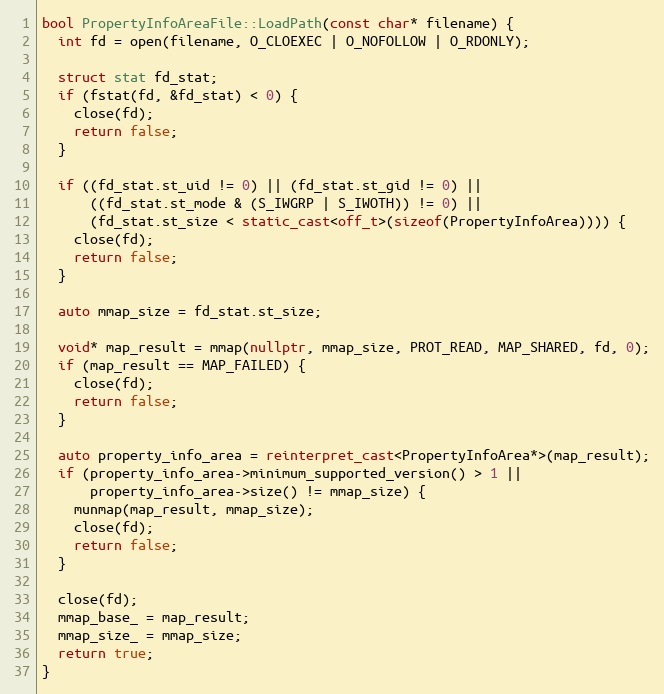
Language: C++
bool PropertyInfoAreaFile::LoadPath(const char* filename) {
  int fd = open(filename, O_CLOEXEC | O_NOFOLLOW | O_RDONLY);

  struct stat fd_stat;
  if (fstat(fd, &fd_stat) < 0) {
    close(fd);
    return false;
  }

  if ((fd_stat.st_uid != 0) || (fd_stat.st_gid != 0) ||
      ((fd_stat.st_mode & (S_IWGRP | S_IWOTH)) != 0) ||
      (fd_stat.st_size < static_cast<off_t>(sizeof(PropertyInfoArea)))) {
    close(fd);
    return false;
  }

  auto mmap_size = fd_stat.st_size;

  void* map_result = mmap(nullptr, mmap_size, PROT_READ, MAP_SHARED, fd, 0);
  if (map_result == MAP_FAILED) {
    close(fd);
    return false;
  }

  auto property_info_area = reinterpret_cast<PropertyInfoArea*>(map_result);
  if (property_info_area->minimum_supported_version() > 1 ||
      property_info_area->size() != mmap_size) {
    munmap(map_result, mmap_size);
    close(fd);
    return false;
  }

  close(fd);
  mmap_base_ = map_result;
  mmap_size_ = mmap_size;
  return true;
}